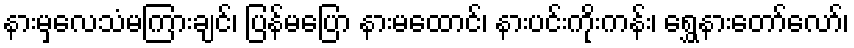
နားမှလေသံမကြားချင်၊ ပြန်မပြော နားမထောင်၊ နားပင်းကိုးကန်း၊ ရွှေနားတော်လော်၊